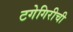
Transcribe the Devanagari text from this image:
टगेगिरीची